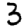
Digit: 3